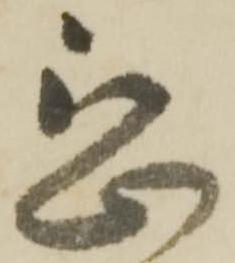
懇